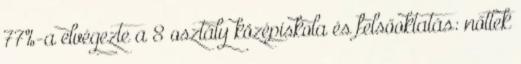
77%-a elvégezte a 8 osztály középiskola és felsőoktatás: nőttek